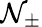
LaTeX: \mathcal{N}_{\pm}